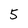
Character: 5